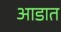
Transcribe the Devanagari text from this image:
आडात